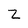
Character: Z